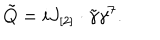
LaTeX: \tilde { Q } = i J _ { [ 2 ] } \cdot \tilde { \gamma } \gamma ^ { 7 } .